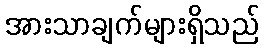
အားသာချက်များရှိသည်